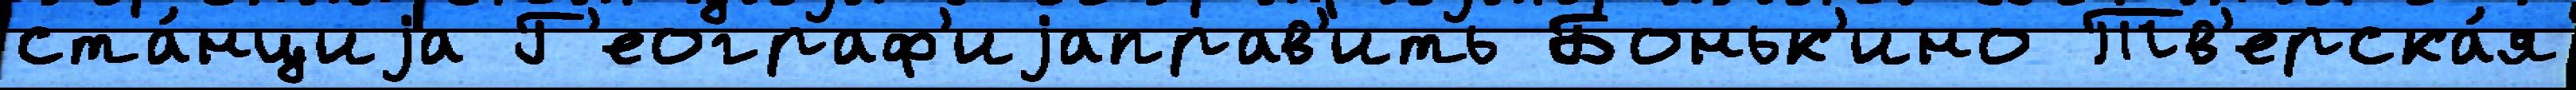
ста́нциjа Г'еограф'иjаправ'ить Боньк'ино Тв'ерска́я